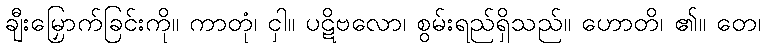
ချီးမြှောက်ခြင်းကို။ ကာတုံ၊ ငှါ။ ပဋိဗလော၊ စွမ်းရည်ရှိသည်။ ဟောတိ၊ ၏။ တေ၊